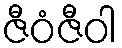
ဇီဝံဇီဝါ